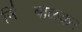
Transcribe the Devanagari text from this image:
नि॑बाळकर